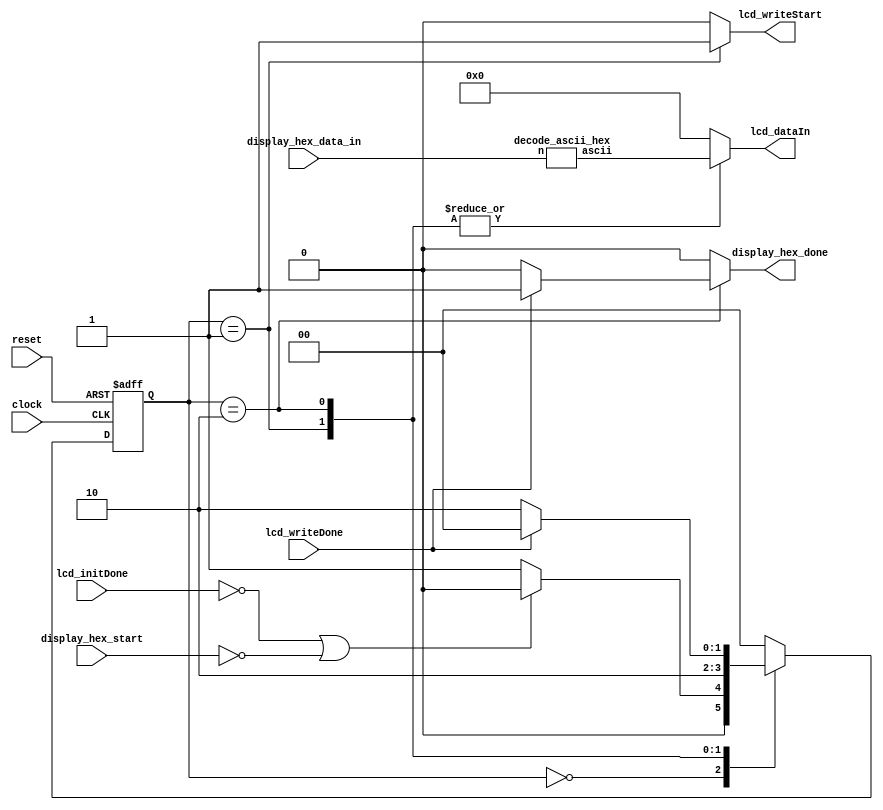
module display_hex(/*AUTOARG*/
   // Outputs
   lcd_dataIn, lcd_writeStart, display_hex_done,
   // Inputs
   display_hex_data_in, display_hex_start, clock, reset, lcd_initDone,
   lcd_writeDone
   );
   // LCD controller outputs
   output reg [7:0] lcd_dataIn; // ASCII value going to the LCD controller
   output reg       lcd_writeStart; // Assert to write to the LCD controller

   // User output
   output reg       display_hex_done; // Asserted when this module finishes

   // User input
   input [3:0]      display_hex_data_in; // Number input
   input            display_hex_start; // Start when asserted
   input            clock, reset;
   
   // LCD controller input
   input            lcd_initDone; // Asserted when the LCD controller is started
   input            lcd_writeDone; // Asserted when the LCD controller writes
   
   wire [7:0]       data_ascii;

   // Get the ascii value for the LCD controller
   decode_ascii_hex ascii_decode(.ascii(data_ascii),
                                 .n(display_hex_data_in));

`define idle 2'd0
`define data0 2'd1
`define wait0 2'd2

   reg [1:0]        state, next_state;

   always @(*) begin
      lcd_dataIn = 8'd0;
      lcd_writeStart = 1'b0;
      display_hex_done = 1'b0;
      case (state)
        `idle: begin
           if (~lcd_initDone || ~display_hex_start) begin
              next_state = `idle;
           end else begin
              next_state = `data0;
           end
        end
        `data0: begin
           lcd_dataIn = data_ascii;
           lcd_writeStart = 1'b1;
           next_state = `wait0;
        end
        `wait0: begin
           lcd_dataIn = data_ascii;
           if (~lcd_writeDone) begin
              next_state = `wait0;              
           end else begin
              next_state = `idle;
              display_hex_done = 1'b1;
           end
        end
        default: begin
           next_state = `idle;
        end
      endcase
   end
   
   always @(posedge clock, posedge reset) begin
      if (reset) begin
         state <= `idle;
      end else begin
         state <= next_state;
      end
   end
   
endmodule // simple_display

module decode_ascii_hex(/*AUTOARG*/
   // Outputs
   ascii,
   // Inputs
   n
   );
   output reg [7:0] ascii;
   input [3:0]      n;

   always @(*) begin
      case (n)
        4'h0: ascii = 8'h30;
        4'h1: ascii = 8'h31;
        4'h2: ascii = 8'h32;
        4'h3: ascii = 8'h33;
        4'h4: ascii = 8'h34;
        4'h5: ascii = 8'h35;
        4'h6: ascii = 8'h36;
        4'h7: ascii = 8'h37;
        4'h8: ascii = 8'h38;
        4'h9: ascii = 8'h39;
        4'ha: ascii = 8'h61;
        4'hb: ascii = 8'h62;
        4'hc: ascii = 8'h63;
        4'hd: ascii = 8'h64;
        4'he: ascii = 8'h65;
        4'hf: ascii = 8'h66;
        default: ascii = 8'h26; // &
      endcase
   end
endmodule // decode_hex